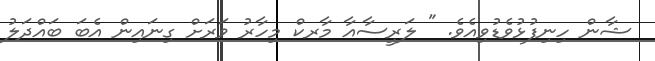
ޝާން ހިނިފުޅުވެޑުވިއެވެ. " ލަރީސާއާ މާރކް މިހާރު ވަރަށް ގިނައިން އެބަ ބައްދަލު